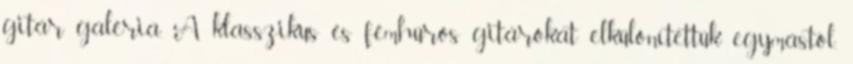
gitár galéria. A klasszikus és fémhúros gitárokat elkülönítettük egymástól,